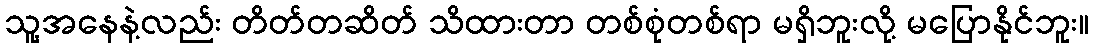
သူ့အနေနဲ့လည်း တိတ်တဆိတ် သိထားတာ တစ်စုံတစ်ရာ မရှိဘူးလို့ မပြောနိုင်ဘူး။